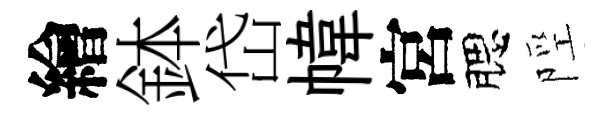
繪鉢岱幃宮腮陘